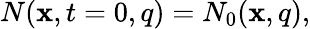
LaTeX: N(\mathbf{x},t=0,q)=N_{0}(\mathbf{x},q),